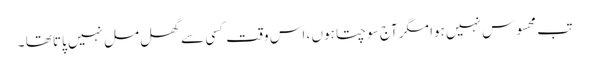
تب محسوس نہیں ہوا مگر آج سوچتا ہوں ، اس وقت کسی سے گھل مل نہیں پاتا تھا ۔